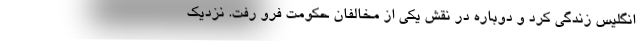
انگلیس زندگی کرد و دوباره در نقش یکی از مخالفان حکومت فرو رفت. نزدیک